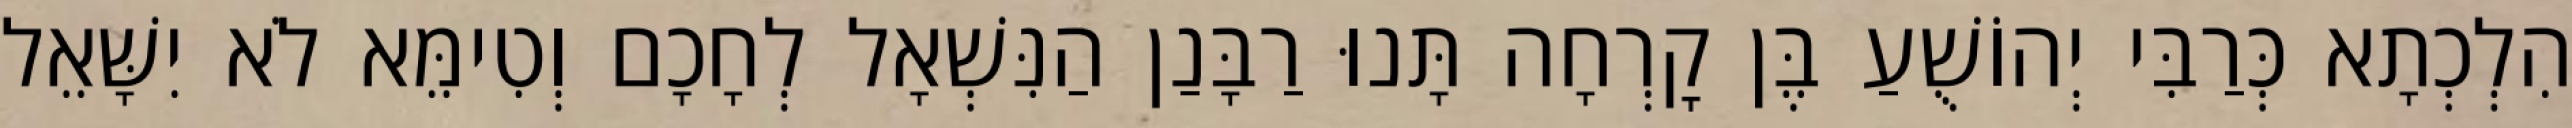
הִלְכְתָא כְּרַבִּי יְהוֹשֻׁעַ בֶּן קׇרְחָה תָּנוּ רַבָּנַן הַנִּשְׁאָל לְחָכָם וְטִימֵּא לֹא יִשָּׁאֵל